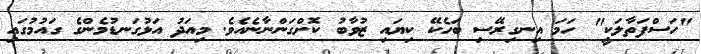
"ހަސްފަތާލަކީ" ހަމަ އިނގިރޭސި ބަހެކޭ ކިޔައި ޒުވާބު ކޮށްގަންނާނެއެވެ. މިއަދު އަޅުގަނޑުމެންގެ ގައުމުގައި